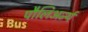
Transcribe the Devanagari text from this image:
पौलिअर्न्य